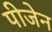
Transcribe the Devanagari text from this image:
पीजेन